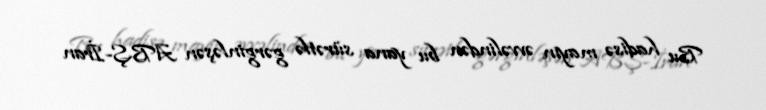
Bu hadisə mayın əvvəlindən bu yana sürətlə gərginləşən ABŞ-İran